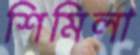
শিমিলা